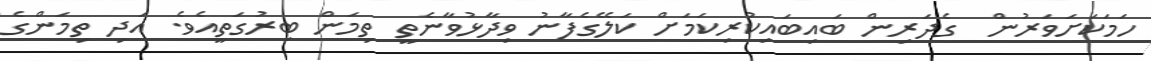
ހަމަކަށަވަރުން  ގެދަރިން ބައިބައިކުރިކަމަށް ކަލޭގެފާނު ވިދާޅުވާނެތީ ތިމަން ބިރުގަތީއެވެ. އަދި ތިމަންގެ